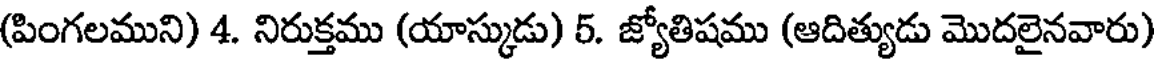
(పింగలముని) 4. నిరుక్తము (యాస్కుడు) 5. జ్యోతిషము (ఆదిత్యుడు మొదలైనవారు)